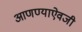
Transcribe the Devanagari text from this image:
आणण्याऐवजी